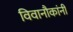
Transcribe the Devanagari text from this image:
विवानौकांनी